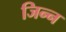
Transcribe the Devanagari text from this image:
जिन्‍न